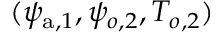
( \psi _ { \mathrm { a } , 1 } , \psi _ { o , 2 } , T _ { o , 2 } )